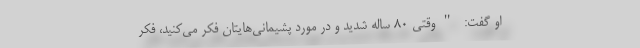
او گفت: "وقتی ۸۰ ساله شدید و در مورد پشیمانی‌هایتان فکر می‌کنید، فکر